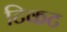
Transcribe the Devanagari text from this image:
टिकट